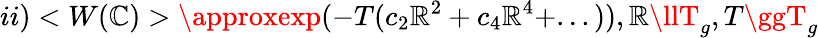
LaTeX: ii)<W(\mathbb{C})>\approxexp(-T(c_{2}\mathbb{R}^{2}+c_{4}\mathbb{R}^{4}+...)),\mathbb{R}\llT_{g},T\ggT_{g}